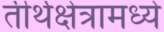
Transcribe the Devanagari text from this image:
तीर्थक्षेत्रामध्ये